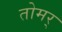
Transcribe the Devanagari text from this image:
तोमर्